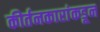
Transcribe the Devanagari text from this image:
कीर्तनकारांकडून